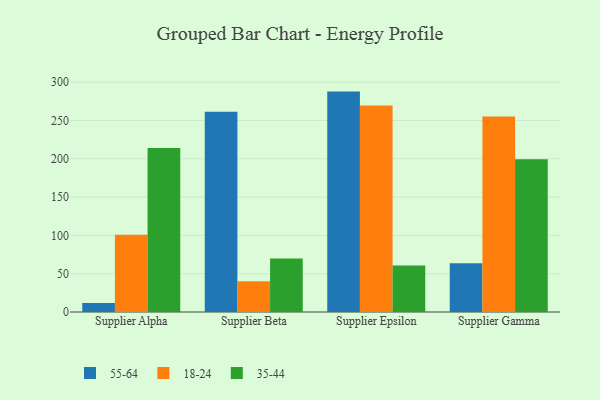
{"axis": {"x": "Supplier", "y": "Shipments"}, "legend": ["18-24", "35-44", "55-64"], "data": [{"x": "Supplier Alpha", "y": 11.8, "type": "55-64"}, {"x": "Supplier Alpha", "y": 100.9, "type": "18-24"}, {"x": "Supplier Alpha", "y": 214.2, "type": "35-44"}, {"x": "Supplier Beta", "y": 261.4, "type": "55-64"}, {"x": "Supplier Beta", "y": 40.2, "type": "18-24"}, {"x": "Supplier Beta", "y": 69.7, "type": "35-44"}, {"x": "Supplier Epsilon", "y": 287.7, "type": "55-64"}, {"x": "Supplier Epsilon", "y": 269.7, "type": "18-24"}, {"x": "Supplier Epsilon", "y": 60.7, "type": "35-44"}, {"x": "Supplier Gamma", "y": 63.6, "type": "55-64"}, {"x": "Supplier Gamma", "y": 255.1, "type": "18-24"}, {"x": "Supplier Gamma", "y": 199.4, "type": "35-44"}]}